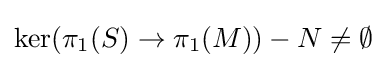
\mathop {\mathrm {ker} } (\pi _{1}(S)\to \pi _{1}(M))-N\neq \emptyset